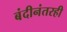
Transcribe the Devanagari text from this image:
बंदीनंतरही